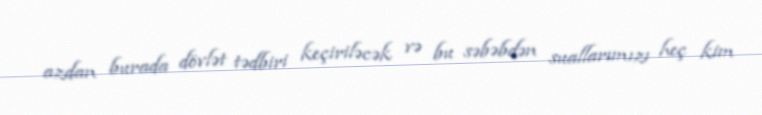
azdan burada dövlət tədbiri keçiriləcək və bu səbəbdən suallarımızı heç kim